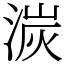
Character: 湠